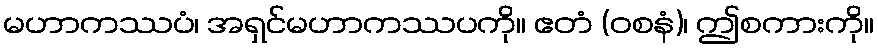
မဟာကဿပံ၊ အရှင်မဟာကဿပကို။ ဧတံ (ဝစနံ)၊ ဤစကားကို။